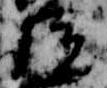
院